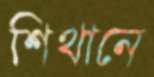
শিথানে